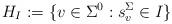
LaTeX: \begin{align*}H_I:=\{v\in \Sigma^0:s_v^\Sigma\in I\}\end{align*}